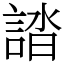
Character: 誻